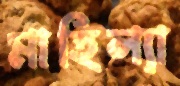
মাহিল্যা